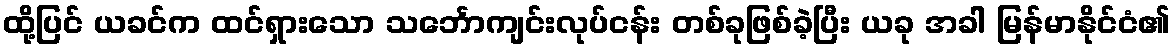
ထို့ပြင် ယခင်က ထင်ရှားသော သင်္ဘောကျင်းလုပ်ငန်း တစ်ခုဖြစ်ခဲ့ပြီး ယခု အခါ မြန်မာနိုင်ငံ၏